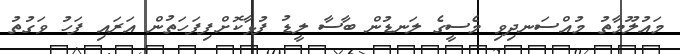
މައުލޫމާތު މުއްސަނދިވި މެސީގެ ލަނޑުން ބާސާ ލީޑު ފުޅާކޮށްފިފަހަތުން އަރައި ފަހު ވަގުތު